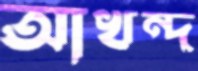
আখন্দ